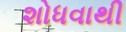
શોધવાથી